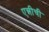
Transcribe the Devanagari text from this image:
एन्नीची